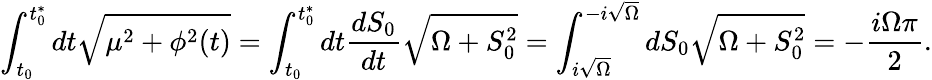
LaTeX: \int_{t_{0}}^{t_{0}^{*}}dt\sqrt{\mu^{2}+\phi^{2}(t)}=\int_{t_{0}}^{t_{0}^{*}}dt{\frac{dS_{0}}{dt}}\sqrt{\Omega+S_{0}^{2}}=\int_{i\sqrt{\Omega}}^{-i\sqrt{\Omega}}dS_{0}\sqrt{\Omega+S_{0}^{2}}=-{\frac{i\Omega\pi}{2}}.